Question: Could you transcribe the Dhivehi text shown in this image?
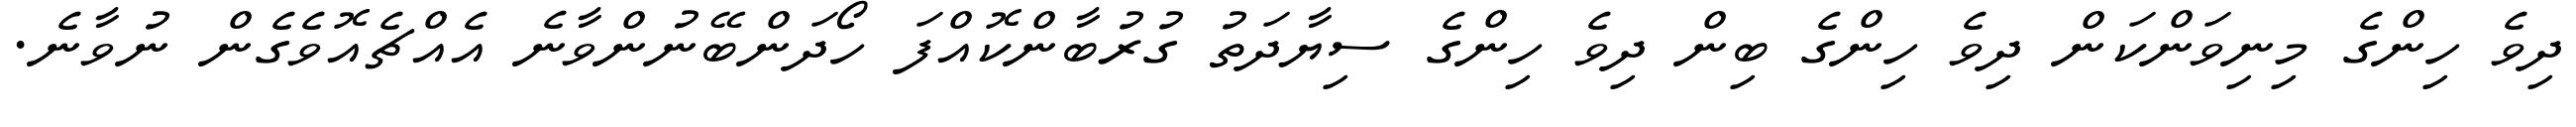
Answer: ދިވެ ހިންގެ މިނިވަންކަން ދިވެ ހިންގެ ބިން ދިވެ ހިންގެ ސިޔާދަތު ގުރުބާންކޮއްފަ ހޯދަންބޭނުންވާނެ އެއްޗެއޮވެގެން ނުވާނެ.